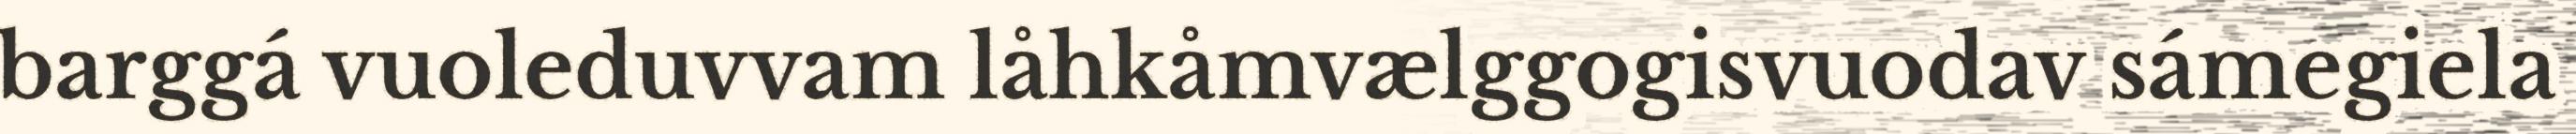
barggá vuoleduvvam låhkåmvælggogisvuodav sámegiela